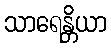
သာရေန္တိယာ